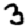
Digit: 3